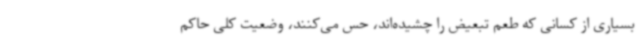
بسیاری از کسانی که طعم تبعیض را چشیده‌اند، حس می‌کنند، وضعیت کلی حاکم